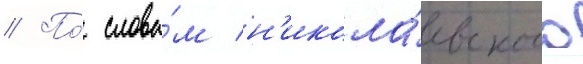
// По́ слова́м н'икола́евского